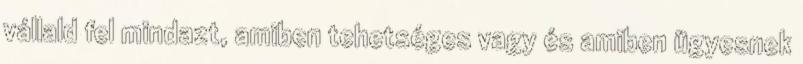
vállald fel mindazt, amiben tehetséges vagy és amiben ügyesnek